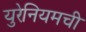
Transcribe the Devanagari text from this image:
युरेनियमची